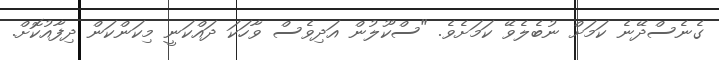
ގެނެސްދޭނެ ކަމަށް ނުބެލެވޭ ކަމަށެވެ. "ސްކޫލުން އަދިވެސް ވާހަކަ ދައްކަނީ މިކަންކަން ދިފާއުކޮށް.